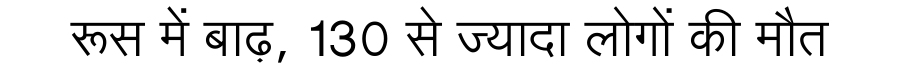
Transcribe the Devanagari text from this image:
रूस में बाढ़, 130 से ज्यादा लोगों की मौत